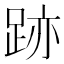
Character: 跡